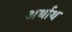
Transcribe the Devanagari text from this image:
अर्थाथ